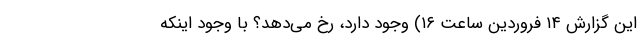
این گزارش ۱۴ فروردین ساعت ۱۶) وجود دارد، رخ می‌دهد؟ با وجود اینکه